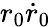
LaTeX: r_{0}\dot{r}_{0}